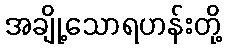
အချို့သောရဟန်းတို့